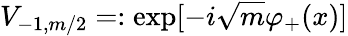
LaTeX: V_{-1,m/2}=:\exp[-i\sqrt{m}\varphi_{+}(x)]